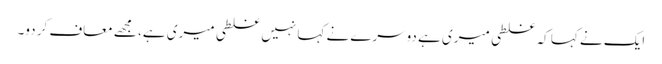
ایک نے کہا کہ غلطی میری ہے دوسرے نے کہا نہیں غلطی میری ہے، مجھے معاف کر دو۔